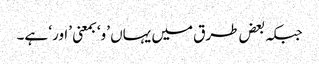
جبکہ بعض طرق میں یہاں ’و‘ بمعنی ’اور‘ ہے۔